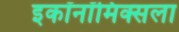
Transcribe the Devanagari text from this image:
इकॉनॉमिक्सला